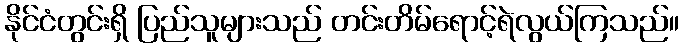
နိုင်ငံတွင်းရှိ ပြည်သူများသည် တင်းတိမ်ရောင့်ရဲလွယ်ကြသည်။